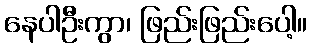
နေပါဦးကွာ၊ ဖြည်းဖြည်းပေါ့။